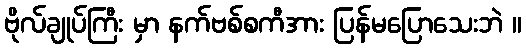
ဗိုလ်ချုပ်ကြီး မှာ နက်ဗစ်စကီအား ပြန်မပြောသေးဘဲ ။